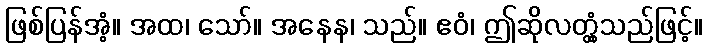
ဖြစ်ပြန်အံ့။ အထ၊ သော်။ အနေန၊ သည်။ ဧဝံ၊ ဤဆိုလတ္တံ့သည်ဖြင့်။